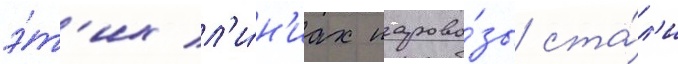
э́т'их л'и́н'иах парово́зы ста́л'и